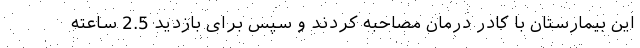
این بیمارستان با کادر درمان مصاحبه کردند و سپس برای بازدید 2.5 ساعته